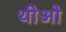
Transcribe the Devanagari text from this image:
थीओ